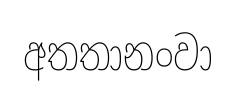
අතතානංවා